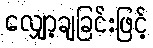
လျှော့ချခြင်းဖြင့်